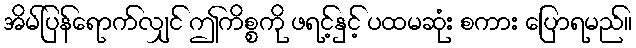
အိမ်ပြန်ရောက်လျှင် ဤကိစ္စကို ဖရင့်နှင့် ပထမဆုံး စကား ပြောရမည်။